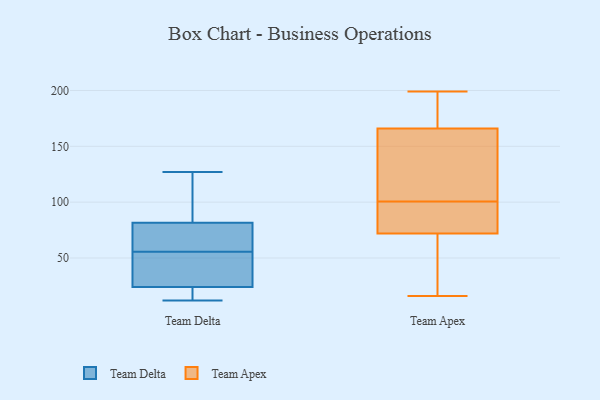
{"axis": {"x": "Churn Rate (%)", "y": "Value"}, "legend": ["Team Apex", "Team Delta"], "data": [{"x": "", "y": 84, "type": "Team Delta"}, {"x": "", "y": 66, "type": "Team Delta"}, {"x": "", "y": 125, "type": "Team Delta"}, {"x": "", "y": 79, "type": "Team Delta"}, {"x": "", "y": 127, "type": "Team Delta"}, {"x": "", "y": 59, "type": "Team Delta"}, {"x": "", "y": 33, "type": "Team Delta"}, {"x": "", "y": 12, "type": "Team Delta"}, {"x": "", "y": 52, "type": "Team Delta"}, {"x": "", "y": 22, "type": "Team Delta"}, {"x": "", "y": 14, "type": "Team Delta"}, {"x": "", "y": 26, "type": "Team Delta"}, {"x": "", "y": 16, "type": "Team Apex"}, {"x": "", "y": 104, "type": "Team Apex"}, {"x": "", "y": 166, "type": "Team Apex"}, {"x": "", "y": 74, "type": "Team Apex"}, {"x": "", "y": 177, "type": "Team Apex"}, {"x": "", "y": 191, "type": "Team Apex"}, {"x": "", "y": 145, "type": "Team Apex"}, {"x": "", "y": 25, "type": "Team Apex"}, {"x": "", "y": 19, "type": "Team Apex"}, {"x": "", "y": 199, "type": "Team Apex"}, {"x": "", "y": 137, "type": "Team Apex"}, {"x": "", "y": 72, "type": "Team Apex"}, {"x": "", "y": 80, "type": "Team Apex"}, {"x": "", "y": 97, "type": "Team Apex"}]}